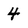
Character: 4